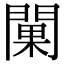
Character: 𨵚